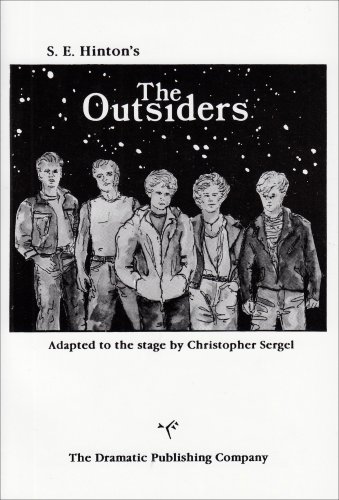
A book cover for The Outsiders (A Full Lenth Play in Two Acts); Drama. Adapted by Christopher Sergel. From the book by S.E. Hinton.; Teen & Young Adult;